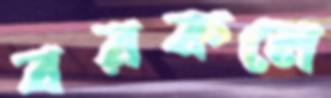
বরকলে